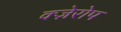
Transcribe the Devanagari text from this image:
क्ज़ेरोप